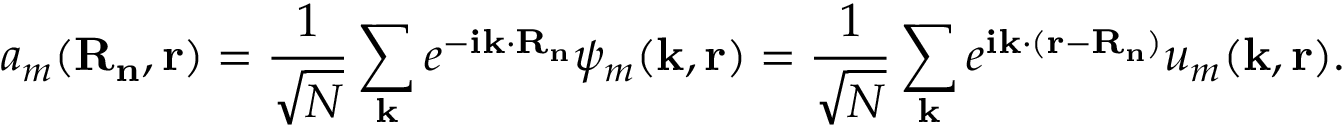
a _ { m } \mathbf { ( R _ { n } , r ) } = { \frac { 1 } { \sqrt { N } } } \sum _ { \mathbf { k } } { e ^ { \mathbf { - i k \cdot R _ { n } } } \psi _ { m } \mathbf { ( k , r ) } } = { \frac { 1 } { \sqrt { N } } } \sum _ { \mathbf { k } } { e ^ { \mathbf { i k \cdot ( r - R _ { n } ) } } u _ { m } \mathbf { ( k , r ) } } .